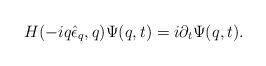
LaTeX: \begin{align*}H(-iq\hat{\epsilon}_q,q)\Psi(q,t)=i\partial_t \Psi(q,t).\end{align*}